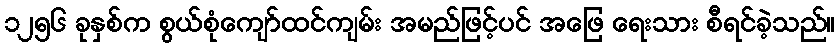
၁၂၅၆ ခုနှစ်က စွယ်စုံကျော်ထင်ကျမ်း အမည်ဖြင့်ပင် အဖြေ ရေးသား စီရင်ခဲ့သည်။